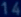
14